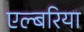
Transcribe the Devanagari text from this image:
एल्बरिया